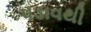
પડાવથી